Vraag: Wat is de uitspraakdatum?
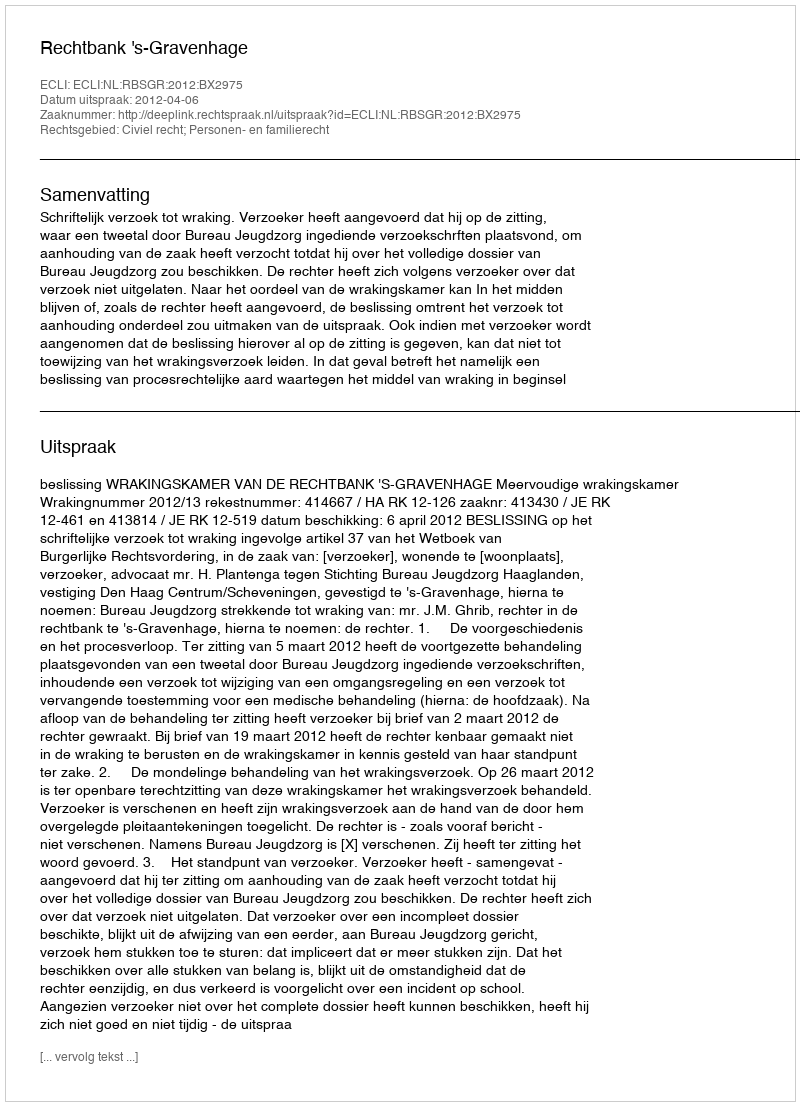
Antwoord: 2012-04-06